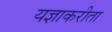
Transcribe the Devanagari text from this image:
यज्ञाकरीता